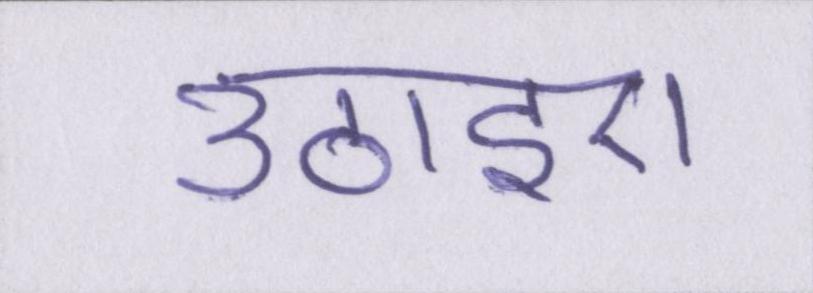
उठाइए